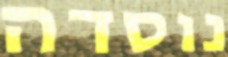
נוסדה